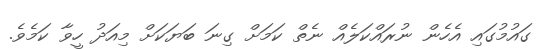
ގައުމުގައި އެހެން ނުރައްކަލެއް ނެތް ކަމަށް ގިނަ ބަޔަކަށް މިއަދު ހީވާ ކަމެވެ.